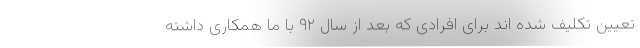
تعیین تکلیف شده اند برای افرادی که بعد از سال ۹۲ با ما همکاری داشته